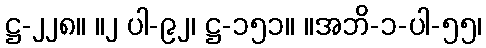
ဋ္ဌ-၂၂၈။ ။၂ ပါ-၉၂၊ ဋ္ဌ-၁၅၁။ ။အဘိ-၁-ပါ-၅၅၊